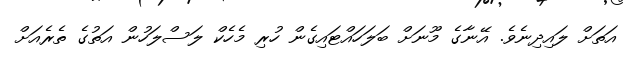
އަތަށް ލައިދިނެވެ. އޭނާގެ މޫނަށް ބަލަހައްޓައިގެން ހުރި މެހެކް ލަސްލަހުން އަތުގެ ތެރެއަށް